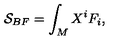
\mathcal { S } _ { B F } = \int _ { M } X ^ { i } F _ { i } ,